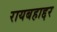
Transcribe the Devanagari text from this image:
रायबहाद्दर